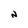
Character: N